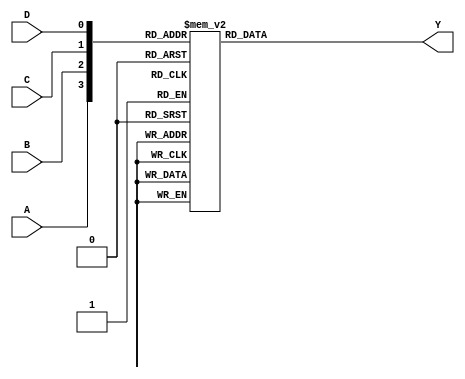
module demux_4to16(input A, B, C, D, output reg [15:0] Y);
  
  always @(*) begin
    case({A,B,C,D})
      4'b0000: Y = 16'b0000000000000001;
      4'b0001: Y = 16'b0000000000000010;
      4'b0010: Y = 16'b0000000000000100;
      4'b0011: Y = 16'b0000000000001000;
      4'b0100: Y = 16'b0000000000010000;
      4'b0101: Y = 16'b0000000000100000;
      4'b0110: Y = 16'b0000000001000000;
      4'b0111: Y = 16'b0000000010000000;
      4'b1000: Y = 16'b0000000100000000;
      4'b1001: Y = 16'b0000001000000000;
      4'b1010: Y = 16'b0000010000000000;
      4'b1011: Y = 16'b0000100000000000;
      4'b1100: Y = 16'b0001000000000000;
      4'b1101: Y = 16'b0010000000000000;
      4'b1110: Y = 16'b0100000000000000;
      4'b1111: Y = 16'b1000000000000000;
      default: Y = 16'b0000000000000000;
    endcase
  end
  
endmodule